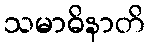
သမာဓိနာတိ